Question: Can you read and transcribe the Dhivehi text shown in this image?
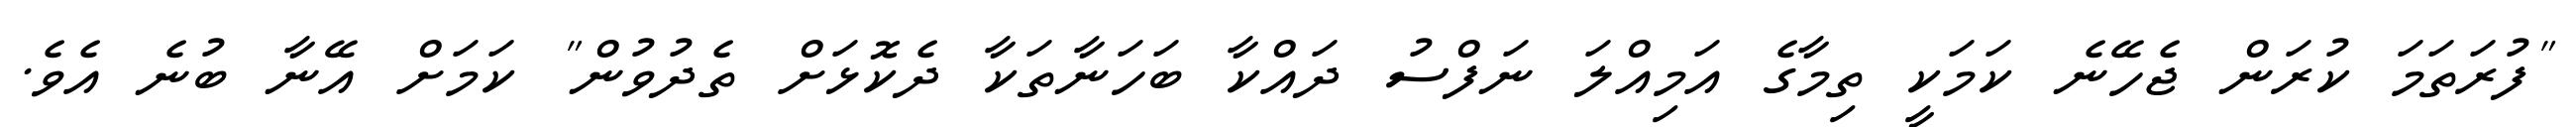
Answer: "ފުރަތަމަ ކުރަން ޖެހޭނެ ކަމަކީ ތިމާގެ އަމިއްލަ ނަފްސު ދައްކާ ބަހަނާތަކާ ދެކޮޅަށް ތެދުވުން" ކަމަށް އޭނާ ބުނެ އެވެ.